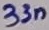
Text: 33n